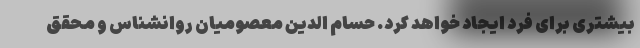
بیشتری برای فرد ایجاد خواهد کرد. حسام الدین معصومیان روانشناس و محقق